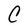
Character: C